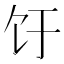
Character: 𬲨